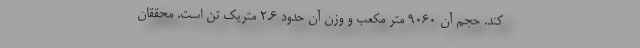
کند. حجم آن ۹۰۶۰ متر مکعب و وزن آن حدود ۲.۶ متریک تن است. محققان